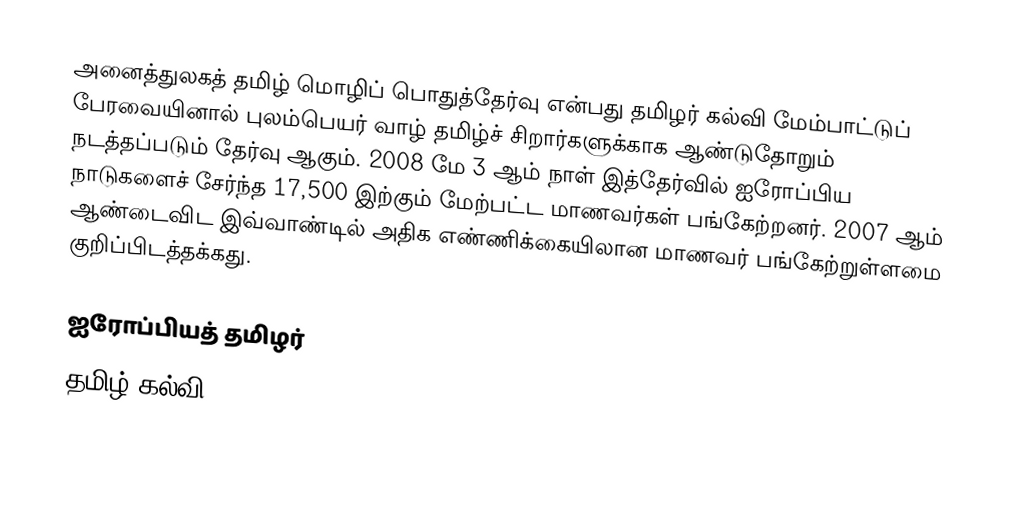
அனைத்துலகத் தமிழ் மொழிப் பொதுத்தேர்வு என்பது தமிழர் கல்வி மேம்பாட்டுப் பேரவையினால் புலம்பெயர் வாழ் தமிழ்ச் சிறார்களுக்காக ஆண்டுதோறும் நடத்தப்படும் தேர்வு ஆகும். 2008 மே 3 ஆம் நாள் இத்தேர்வில் ஐரோப்பிய நாடுகளைச் சேர்ந்த 17,500 இற்கும் மேற்பட்ட மாணவர்கள் பங்கேற்றனர். 2007 ஆம் ஆண்டைவிட இவ்வாண்டில் அதிக எண்ணிக்கையிலான மாணவர் பங்கேற்றுள்ளமை குறிப்பிடத்தக்கது.

ஐரோப்பியத் தமிழர்
தமிழ் கல்வி